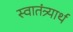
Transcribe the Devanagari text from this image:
स्वातंत्र्यार्थ